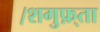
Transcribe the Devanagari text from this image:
।शगुफ़्ता